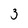
Character: 3